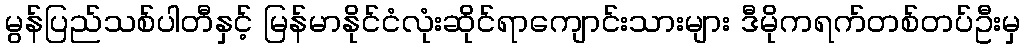
မွန်ပြည်သစ်ပါတီနှင့် မြန်မာနိုင်ငံလုံးဆိုင်ရာကျောင်းသားများ ဒီမိုကရက်တစ်တပ်ဦးမှ